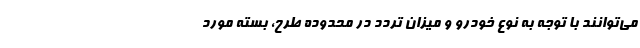
می‌توانند با توجه به نوع خودرو و میزان تردد در محدوده طرح، بسته مورد